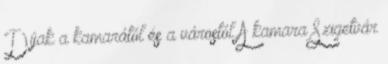
Díjak a kamarától és a várostól A kamara Szigetvár